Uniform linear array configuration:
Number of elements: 12
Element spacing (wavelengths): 0.75
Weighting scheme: exponential
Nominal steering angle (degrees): -15
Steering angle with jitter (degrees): -15.43
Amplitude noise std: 0.05
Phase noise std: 0.05

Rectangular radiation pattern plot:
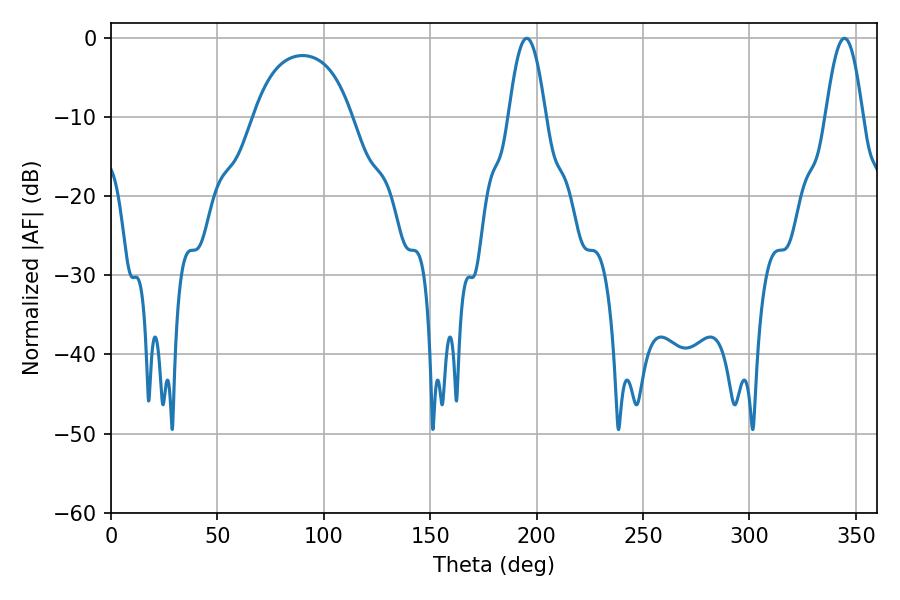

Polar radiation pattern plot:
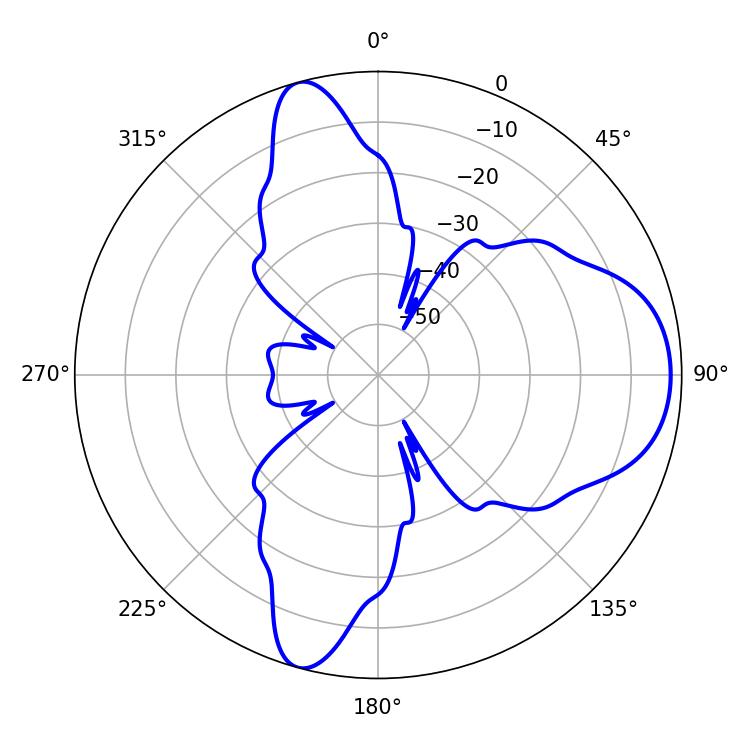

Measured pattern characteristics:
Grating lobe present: TRUE
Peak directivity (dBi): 9.175
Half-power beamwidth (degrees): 9.36
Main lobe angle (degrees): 195.3